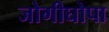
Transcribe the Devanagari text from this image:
जोगीघोपा